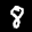
Label: 8